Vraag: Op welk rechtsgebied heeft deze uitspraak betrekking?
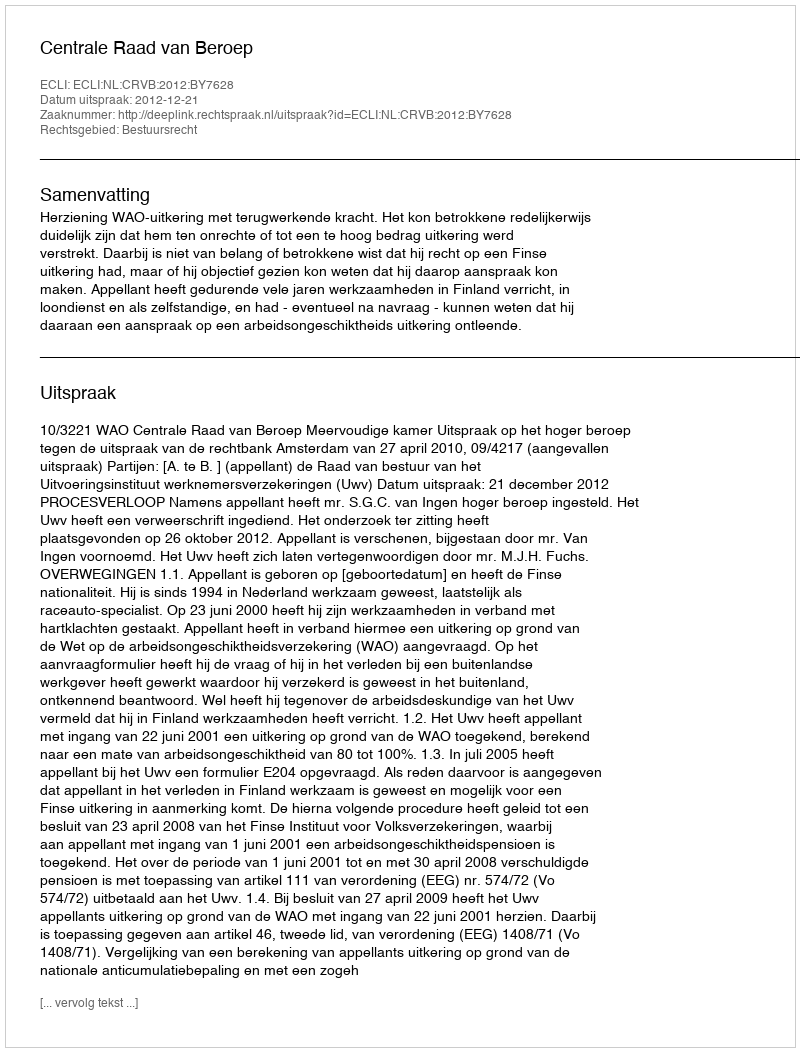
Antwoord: Bestuursrecht